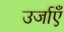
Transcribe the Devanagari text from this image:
उर्जाएँ